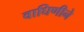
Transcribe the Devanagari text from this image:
वाघिणीने